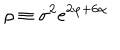
\rho \equiv \dot { \sigma } ^ { 2 } e ^ { 2 \varphi + 6 \alpha }